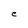
Character: C